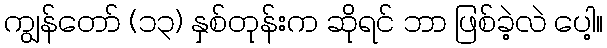
ကျွန်တော် (၁၃) နှစ်တုန်းက ဆိုရင် ဘာ ဖြစ်ခဲ့လဲ ပေါ့။